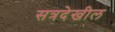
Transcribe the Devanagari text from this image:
सत्रदेखील